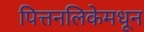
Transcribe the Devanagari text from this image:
पित्तनलिकेमधून